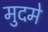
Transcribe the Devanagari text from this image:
मुदमे